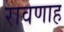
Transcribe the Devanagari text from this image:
रावणाह